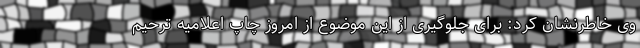
وی خاطرنشان کرد: برای جلوگیری از این موضوع از امروز چاپ اعلامیه ترحیم